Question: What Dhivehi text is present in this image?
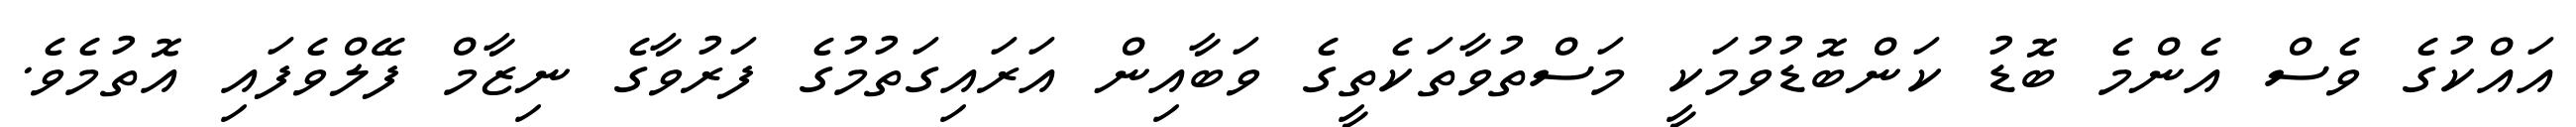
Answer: އައްކުގެ ވެސް އެންމެ ބޮޑު ކަންބޮޑުވުމަކީ މަސްތުވާތަކެތީގެ ވަބާއިން އަރައިގަތުމުގެ ފަރުވާގެ ނިޒާމް ފޭލްވެފައި އޮތުމެވެ.